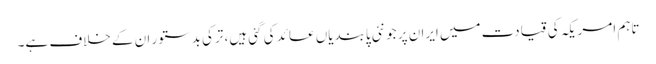
تاہم امریکہ کی قیادت میں ایران پر جو نئی پابندیاں عائد کی گئی ہیں، ترکی بدستور ان کے خلاف ہے۔